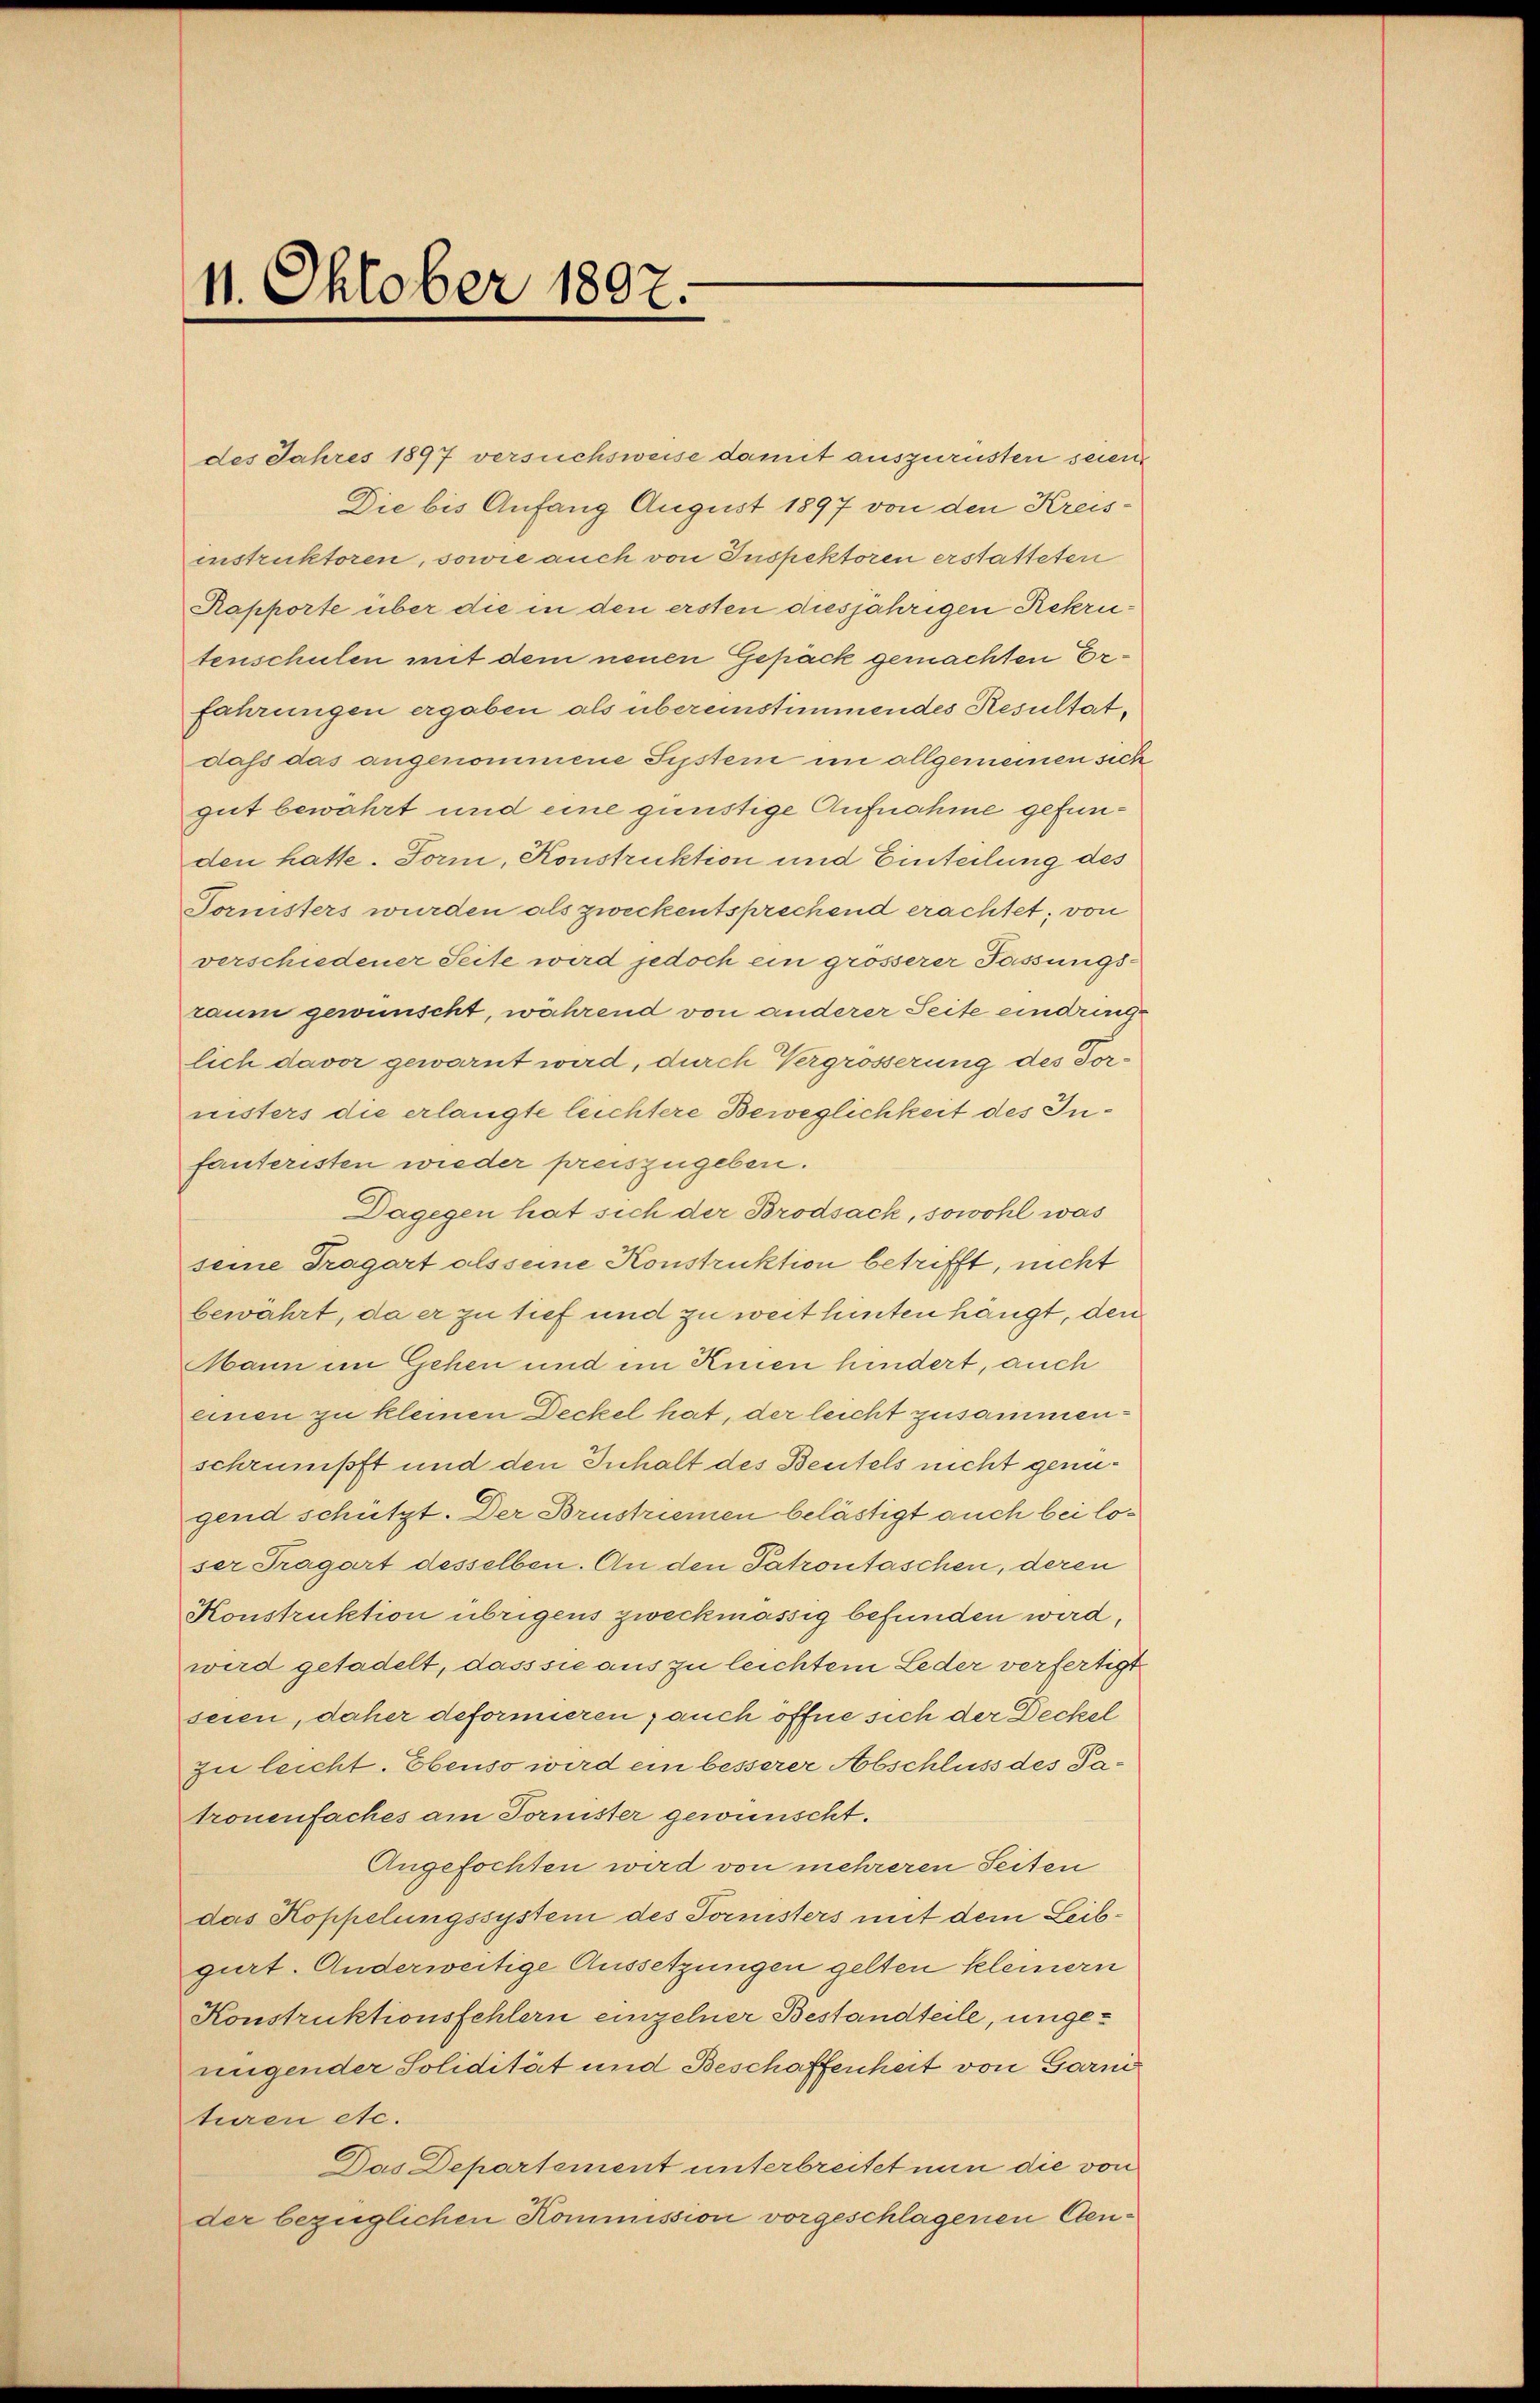
des Jahres 1897 versuchsweise damit auszurüsten seien
Die bis Anfang August 1897 von den Kreisinstruktoren, sowie auch von Inspektoren erstatteten
Rapporte über die in den ersten diesjährigen Rekrutenschulen mit dem neuen Gepäck gemachten Erfahrungen ergaben als übereinstimmendes Resultat,
daß das angenommene System im allgemeinen sich
gut bewahrt und eine günstige Aufnahme gefunden hatte. Form, Konstruktion und Einteilung des
Tornisters wurden als zweckentsprechend erachtet, von
verschiedener Seite wird jedoch ein grösserer Fassungs-
raum gewünscht, während von anderer Seite eindringlich davor gewarnt wird, durch Vergrösserung des Tornisters die erlangte leichtere Beweglichkeit des Infauteristen wieder preiszugeben.
Dagegen hat sich der Brodsack, sowohl was
seine Trägart als seine Konstruktion betrifft, nicht
bewahrt, da er zu tief und zu weit hinten hängt, den
Mann im Gehen und im Einen hindert, auch
einen zu kleinen Deckel hat, der leicht zusammenschrumpft und den Inhalt des Beutels nicht genügend schützt. Der Brustriemen belästigt auch bei loser Trägart desselben. An den Patrontaschen, deren
Konstruktion übrigens zweckmässig befunden wird,
wird getadelt, dass sie aus zu leichtem Leder verfertigt
seien, daher deformieren auch öffne sich der Deckel
zu leicht. Ebenso wird ein besserer Abschluss des Patronenfaches am Tornister gewünscht.
Angefochten wird von mehreren Seiten
das Koppelungssystem des Tornisters mit dem Leibgurt. Anderweitige Aussetzungen gelten kleinern
Konstruktionsfehlern einzelner Bestandteile, ungenigender Solidität und Beschaffenheit von Garni
turen etc.
Das Departement unterbreitet nun die von
der bezüglichen Kommission vorgeschlagenen Cen¬

11. Oktober 1807.